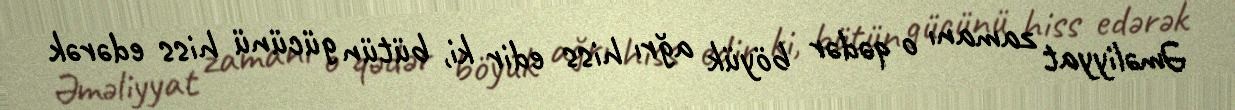
Əməliyyat zamanı o qədər böyük ağrı hiss edir ki, bütün gücünü hiss edərək